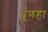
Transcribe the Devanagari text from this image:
भ्रूणहा